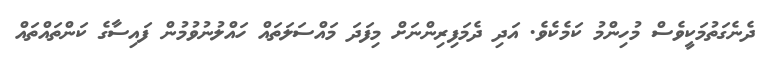
ދެނެގަތުމަކީވެސް މުހިންމު ކަމެކެވެ. އަދި ދެމަފިރިންނަށް މިފަދަ މައްސަލަތައް ހައްލުނުވުމުން ފައިސާގެ ކަންތައްތައް